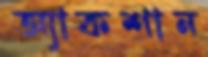
অ্যাকশান